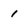
Character: 1